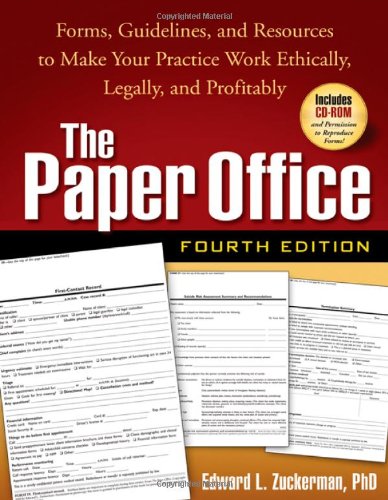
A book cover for The Paper Office, Fourth Edition: Forms, Guidelines, and Resources to Make Your Practice Work Ethically, Legally, and Profitably (The Clinician's Toolbox); Edward L. Zuckerman; Health, Fitness & Dieting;